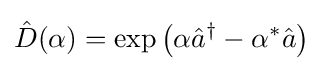
{\hat {D}}(\alpha )=\exp \left(\alpha {\hat {a}}^{\dagger }-\alpha ^{\ast }{\hat {a}}\right)